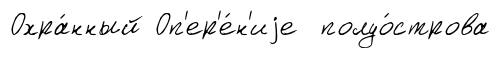
Охра́нный Оп'ер'е́н'иjе полуо́строва